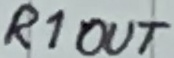
Text: R1OUT